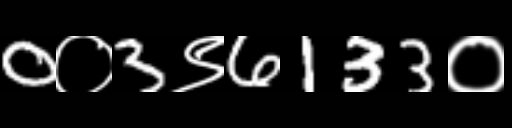
Text: 0०3९6133०